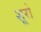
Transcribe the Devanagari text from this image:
शूरो